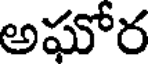
అఘోర